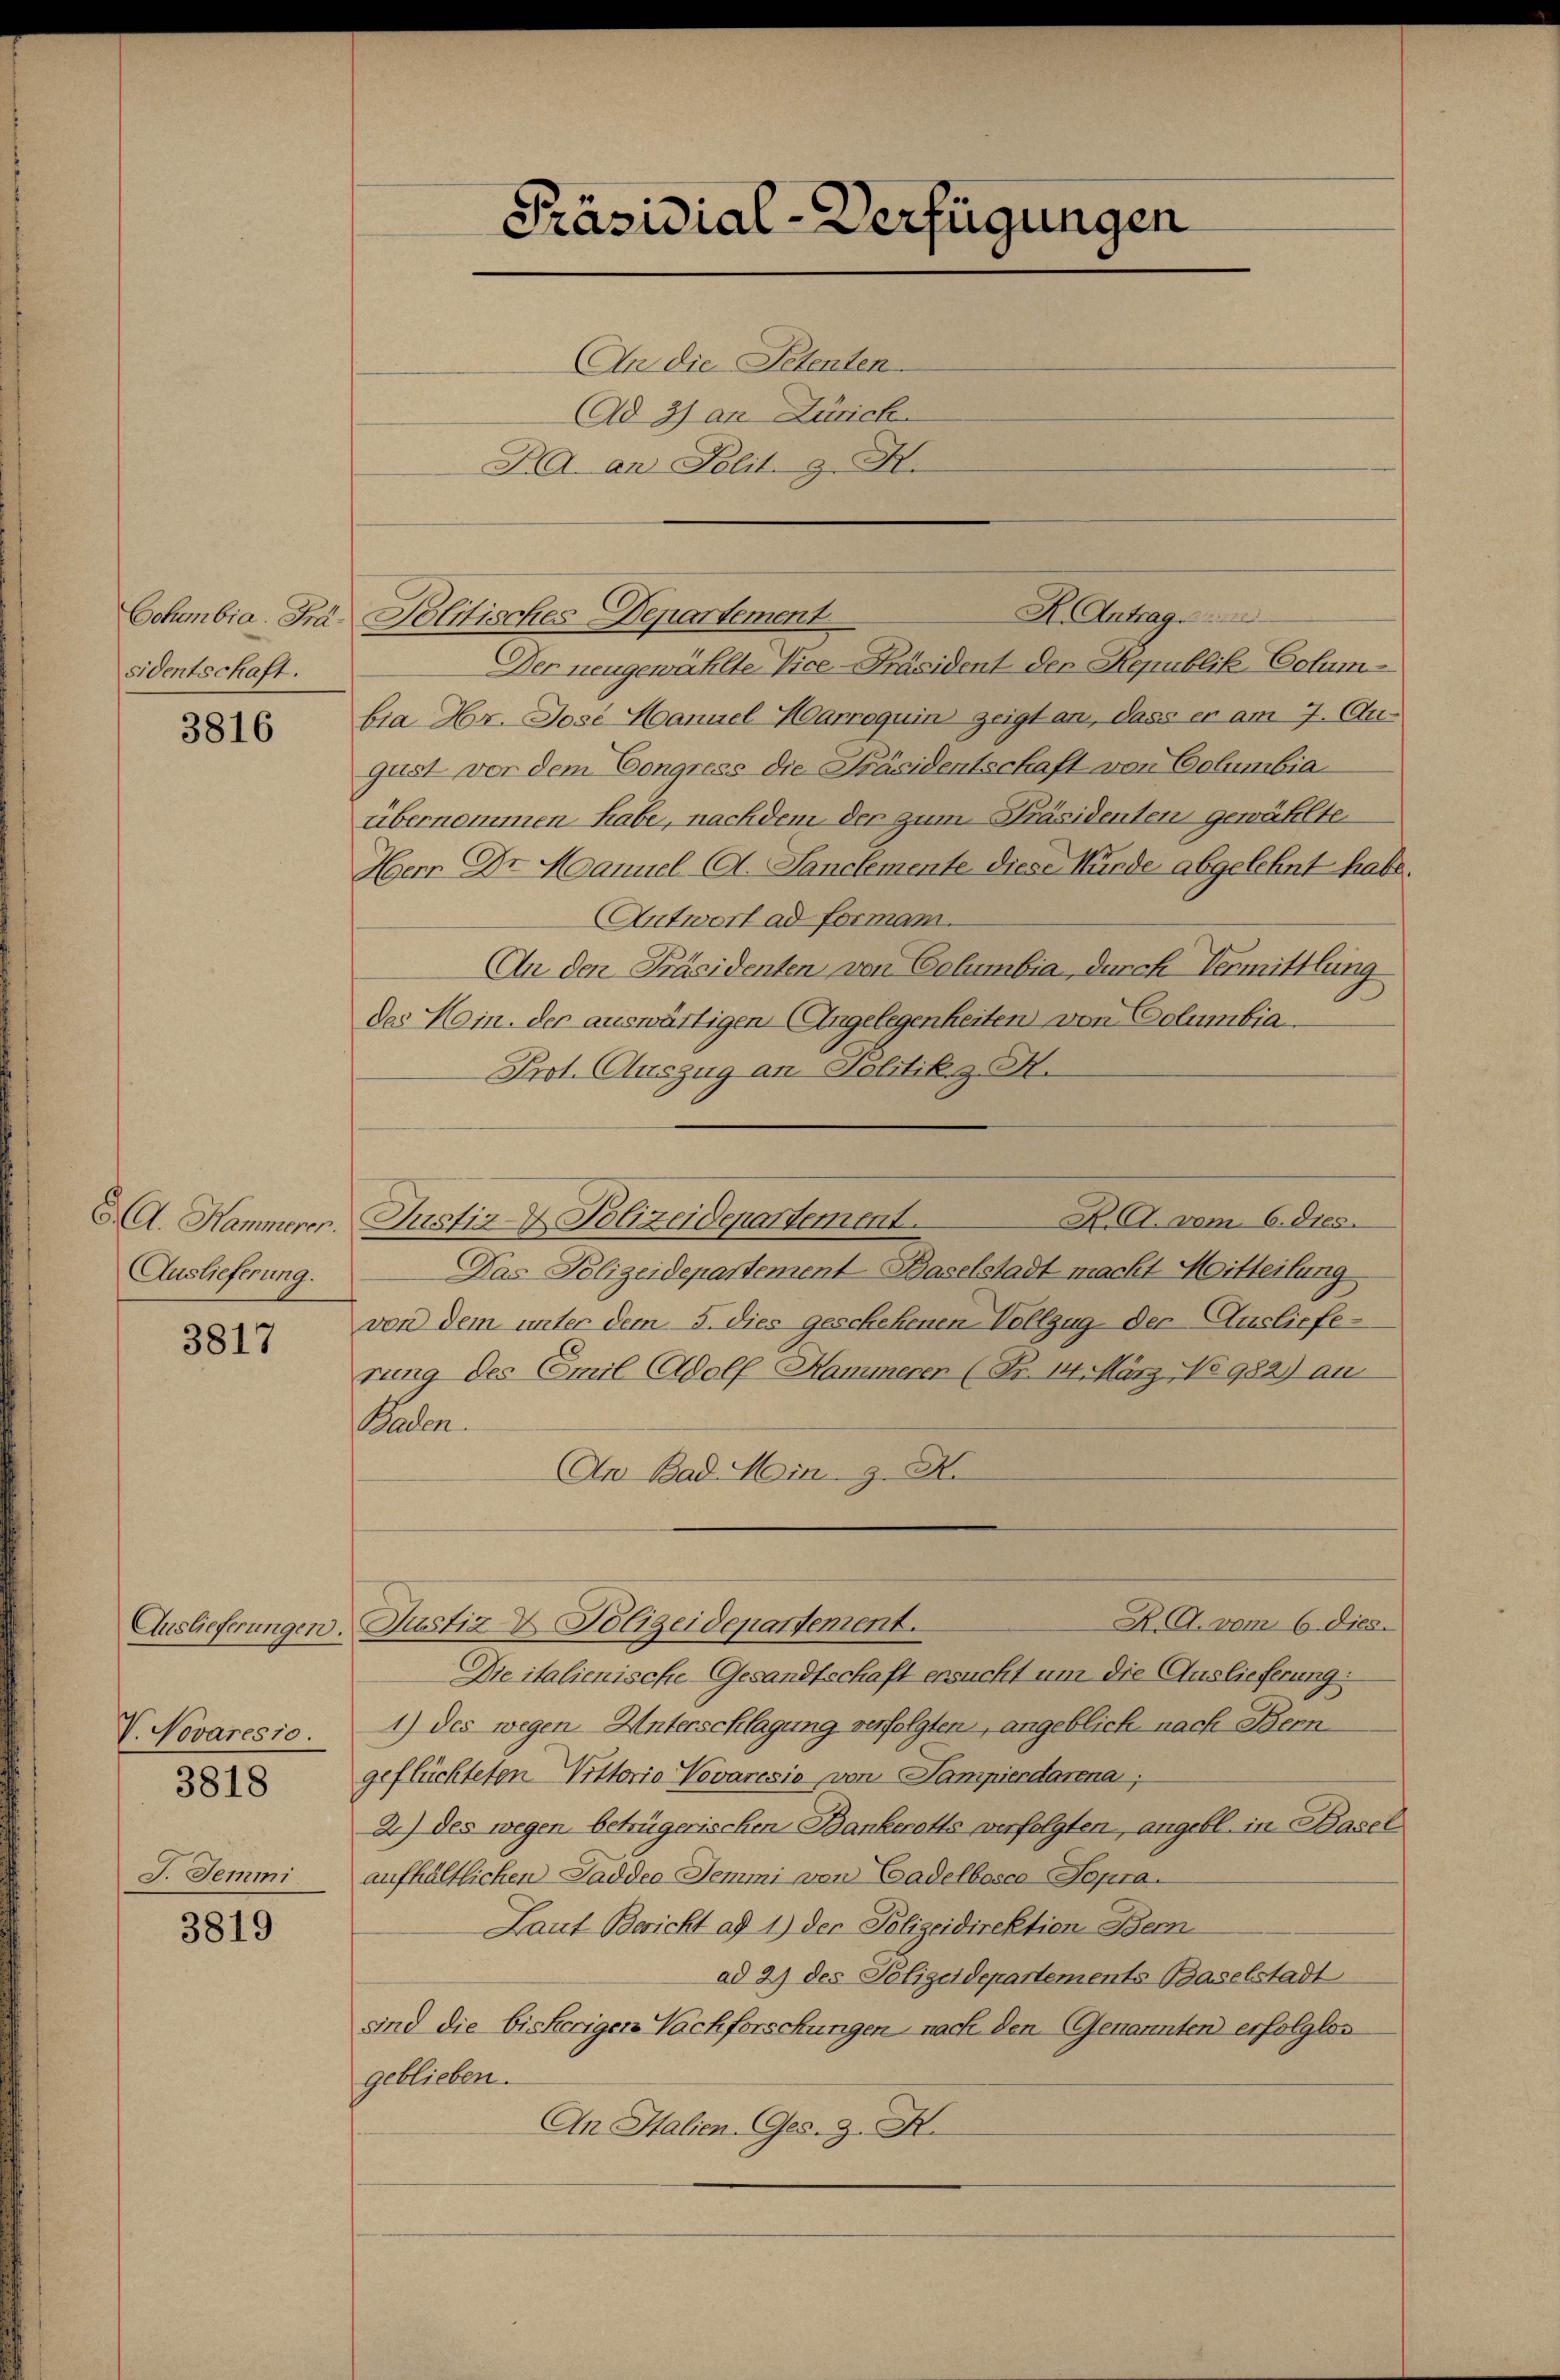
Cohabia. Präsidentschaft.

3816

A A. Hammerer.
Auslieferung.

3817

Auslieferungen.
V. Novares 10.
3818
J. Semmi

3819

Präsidial-Verfügungen
An die Petenten

Ad 2) an Zürich
NA. an Polit. Z. F.
Der neugewählte Vice-Präsident der Republik Colum-
bia Hr. Dose Manuel Harroquin zeigt an, dass er am 7. Au-
gust vor dem Congress die Präsidentschaft von Columbiaübernommen habe, nachdem der zum Präsidenten gewählte.
Herr Dr. Manuel A. Sanclemente diese Würde abgelehnt habe.
Antwort ad formam.
An den Präsidenten von Columbia, durch Vermittlung
des Hoin. der auswärtigen Angelegenheiten von Columbia
Prot. Auszug an Politik z. H.
K. A. vom 6. dies
Justiz- & Polizeidepartement.
Das Polizeidepartement Baselstadt macht Mitteilung
von dem unter dem 5. dies geschehenen Vollzug der Auslieferung des Emil Adolf Hammerer (Fr. 14. März No 982) au
Baden.
An Bad. Min. 9. X.
K. A. vom 6. dies.
Justiz & Polizeidepartement.
Die italienische Gesandtschaft ersucht um die Auslieferung
1) des wegen Unterschlagung verfolgten, angeblick nach Bern
geflüchteten Vittoria Vevaresie von Sampierdarena,
2) des wegen betrügerischen Bankerotts verfolgten, angebl. in Basel
aufhältlichen Saddeo Hemmi von Cadelbosco Sopra.
Laut Bericht ad 1) der Polizeidirektion Bern
ad 2) des Polizeidepartements Baselstadt
sind die bisherigen Nachforschungen nach den Genannten erfolglos
geblieben.
An Italien-Ges. Z. X.

K. Antrag
Politisches Departement